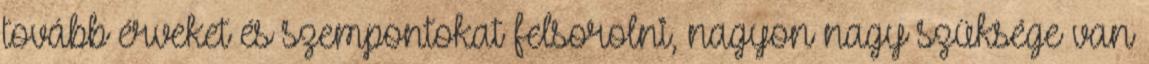
tovább érveket és szempontokat felsorolni, nagyon nagy szüksége van